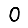
Digit: 0